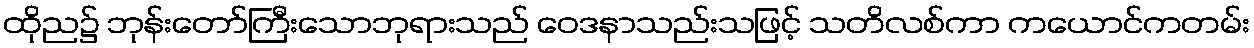
ထိုည၌ ဘုန်းတော်ကြီးသောဘုရားသည် ဝေဒနာသည်းသဖြင့် သတိလစ်ကာ ကယောင်ကတမ်း